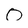
Character: 0